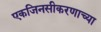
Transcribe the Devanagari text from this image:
एकजिनसीकरणाच्या